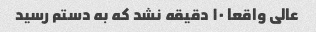
عالی واقعا ۱۰ دقیقه نشد که به دستم رسید